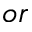
o r